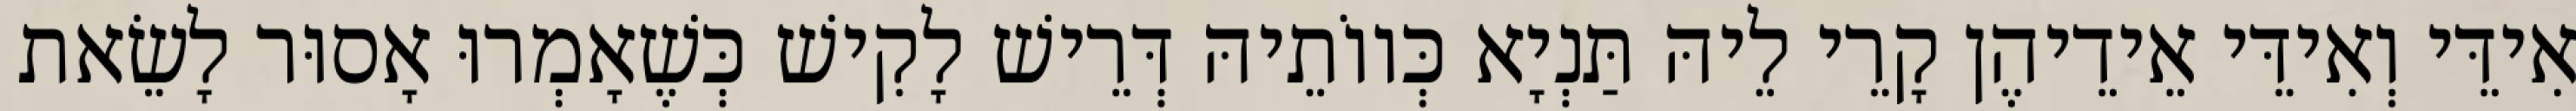
אִידֵּי וְאִידֵּי אֵידֵיהֶן קָרֵי לֵיהּ תַּנְיָא כְּווֹתֵיהּ דְּרֵישׁ לָקִישׁ כְּשֶׁאָמְרוּ אָסוּר לָשֵׂאת